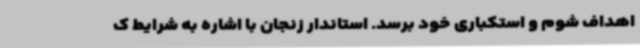
اهداف شوم و استکباری خود برسد. استاندار زنجان با اشاره به شرایط ک